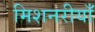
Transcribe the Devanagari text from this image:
मिशनरीयाँ